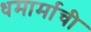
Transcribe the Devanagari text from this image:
धमार्माची